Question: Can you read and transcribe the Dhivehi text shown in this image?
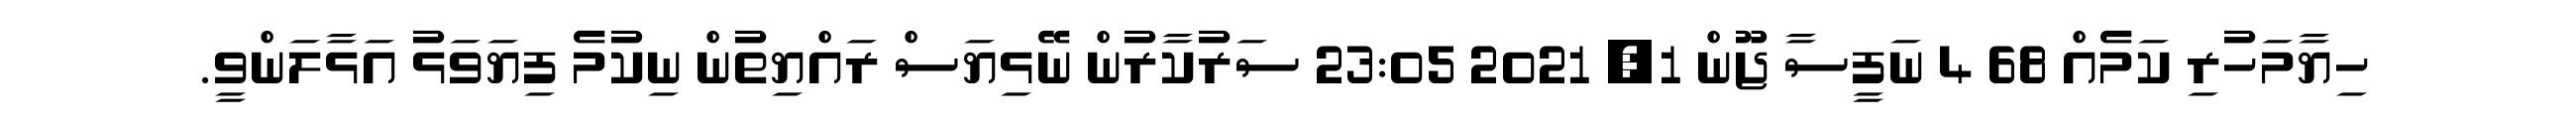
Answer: ހިޔާމަހުރި ކަމެއް 68 4 ނަފީސާ ޖޫން 1, 2021 23:05 ސަރުކާރުން ނޭޅިޔަސް ރައްޔިތުން ނިކުމެ ފިޔަވަޅު އަޅާލަންވީ.